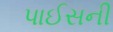
પાઈસની